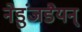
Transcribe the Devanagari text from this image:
नेडुंजडैयन्